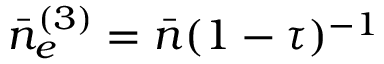
\bar { n } _ { e } ^ { ( 3 ) } = \bar { n } ( 1 - \tau ) ^ { - 1 }